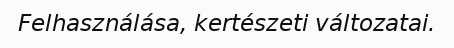
Felhasználása, kertészeti változatai.